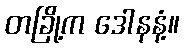
တခြို့က ဒေါနနံ့။